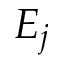
E _ { j }